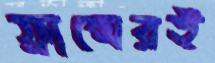
ফ্রান্সেরই